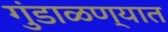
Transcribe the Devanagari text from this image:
गुंडाळण्यात